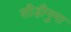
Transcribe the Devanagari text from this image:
सीड़ीनुमा